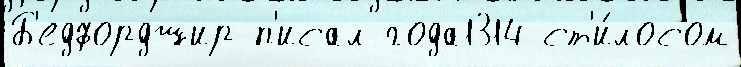
Б'едфордшир п'исал года1314 ст'и́лосом